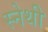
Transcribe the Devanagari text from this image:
स्नेथी